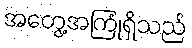
အတွေ့အကြုံရှိသည်